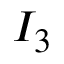
I _ { 3 }